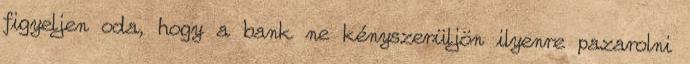
figyeljen oda, hogy a bank ne kényszerüljön ilyenre pazarolni